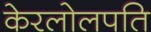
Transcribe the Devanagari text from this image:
केरलोलपति